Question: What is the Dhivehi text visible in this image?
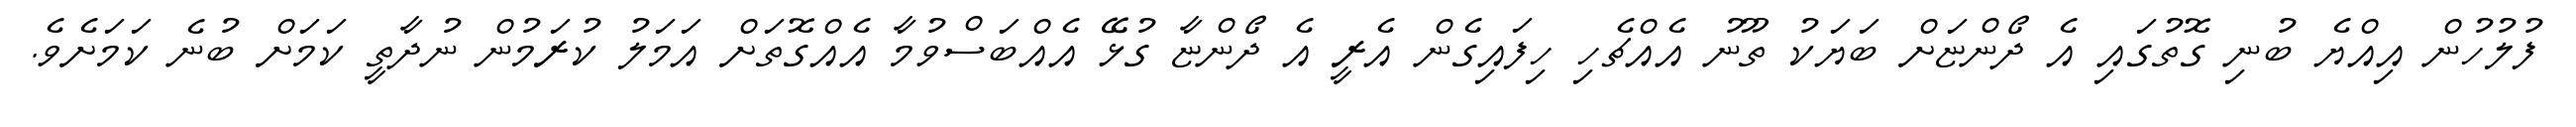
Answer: ފުލުހުން އިއްޔެ ބުނި ގޮތުގައި އެ ދޯންޏަށް ބަޔަކު ތޫނު އެއްޗެހި ހިފައިގެން އެރީ އެ ދޯންޏާ ގުޅޭ އެއްބަސްވުމާ އެއްގޮތަށް އަމަލު ކުރަމުން ނުދާތީ ކަމަށް ބުނެ ކަމަށެވެ.